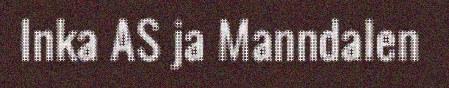
Inka AS ja Manndalen